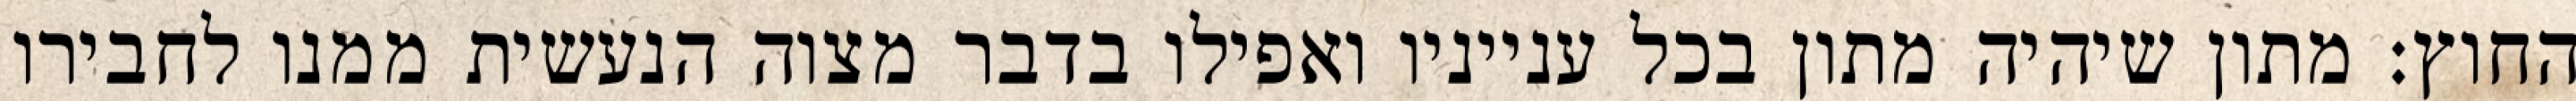
החוץ: מתון שיהיה מתון בכל ענייניו ואפילו בדבר מצוה הנעשית ממנו לחבירו